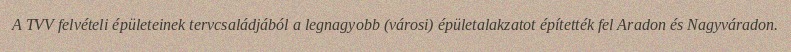
A TVV felvételi épületeinek tervcsaládjából a legnagyobb (városi) épületalakzatot építették fel Aradon és Nagyváradon.